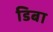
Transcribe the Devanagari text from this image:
डिबा